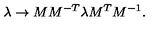
\lambda \to M M ^ { - T } \lambda M ^ { T } M ^ { - 1 } .